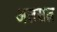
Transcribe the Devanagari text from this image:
अलसत्न